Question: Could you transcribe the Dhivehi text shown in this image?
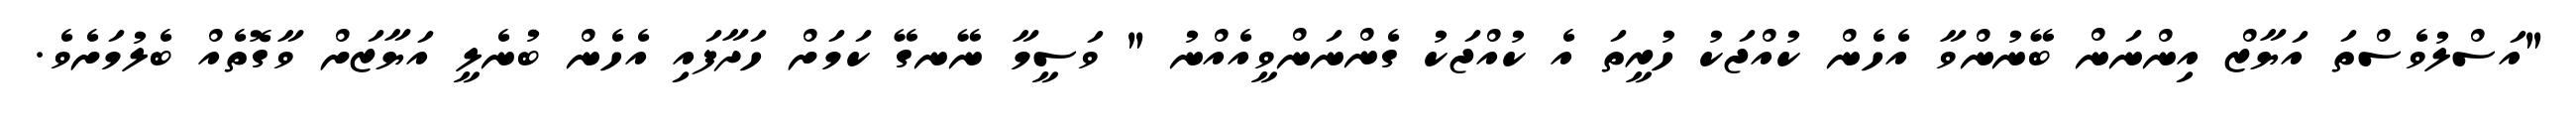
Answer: "އަސްލުވެސްތަ އަޔާޒް އިންނަން ބޭނުންވާ އެހެން ކުއްޖަކު ހުރީތަ އެ ކުއްޖަކު ގެންނަންވީއެއްނު " ވަސީމާ ނޭނގޭ ކަމަށް ހަދާފައި އެހެން ބުނެލީ އަޔާޒަށް ވާގޮތެއް ބެލުމަށެވެ.